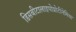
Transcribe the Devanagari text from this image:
डिसबीटालाइपोप्रोटीनेमिया